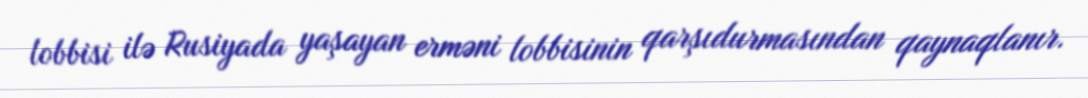
lobbisi ilə Rusiyada yaşayan erməni lobbisinin qarşıdurmasından qaynaqlanır.